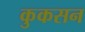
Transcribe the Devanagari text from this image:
कुकसन